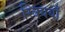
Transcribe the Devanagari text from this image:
स्त्रिययाँ